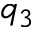
q _ { 3 }